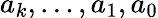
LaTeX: a_{k},\dotsc,a_{1},a_{0}